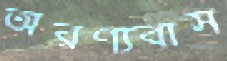
অরণ্যবাস